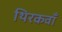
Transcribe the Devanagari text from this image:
थिरकवाँ